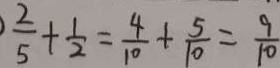
\frac { 2 } { 5 } + \frac { 1 } { 2 } = \frac { 4 } { 1 0 } + \frac { 5 } { 1 0 } = \frac { 9 } { 1 0 }